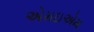
એમઇએમ